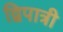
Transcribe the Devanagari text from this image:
द्विपात्री